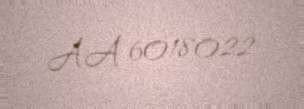
AA 6018022